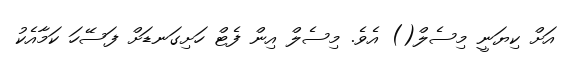
އަށް ކިޔަނީ މިސެލް() އެވެ. މިސެލް އިން ފެޓް ހަށިގަނޑަށް ފަސޭހަ ކަމާއެކު